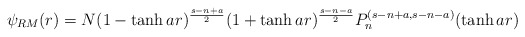
\begin{align*}\psi_{RM}(r)=N(1-\tanh{ar})^{\frac{s-n+a}{2}}(1+\tanh{ar})^{\frac{s-n-a}{2}}P_n^{(s-n+a,s-n-a)}(\tanh{ar})\end{align*}